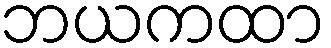
ဘယကထာ